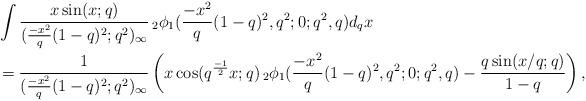
LaTeX: \begin{align*} &\int \dfrac{x\sin(x;q) }{ (\frac{-x^2}{q}(1-q)^2;q^2)_\infty}\,_2\phi_1(\frac{-x^2}{q} (1-q)^2,q^2;0;q^2,q)d_qx \\& =\frac{1}{(\frac{-x^2}{q}(1-q)^2;q^2)_\infty}\left( x\cos(q^{\frac{-1}{2}}x;q) \,_2\phi_1(\frac{-x^2}{q}(1-q)^2,q^2;0;q^2,q)-\dfrac{q \sin(x/q;q)}{1-q} \right), \end{align*}